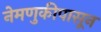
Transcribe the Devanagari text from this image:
नेमणुकीपासून